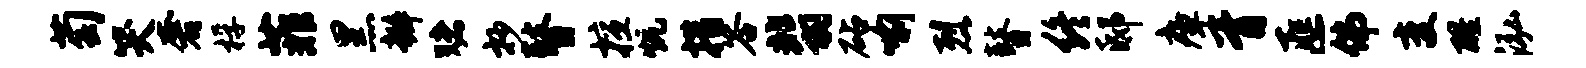
萄哭奢桴菲黑瓣赌抄瞽擅炕措答翡砧喻烈瞽终邸瘴胥匪佛变醒泓